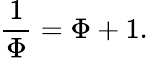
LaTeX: {\frac{1}{\Phi}}=\Phi+1.